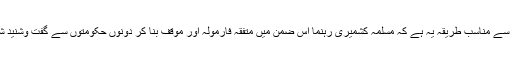
اس لئے سب سے مناسب طریقہ یہ ہے کہ مسلمہ کشمیری رہنما اس ضمن میں متفقہ فارمولہ اور موقف بنا کر دونوں حکومتوں سے گفت وشنید شروع کردیں۔